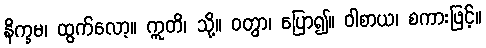
နိက္ခမ၊ ထွက်လော့။ ဣတိ၊ သို့။ ဝတွာ၊ ပြော၍။ ဝါစာယ၊ စကားဖြင့်။